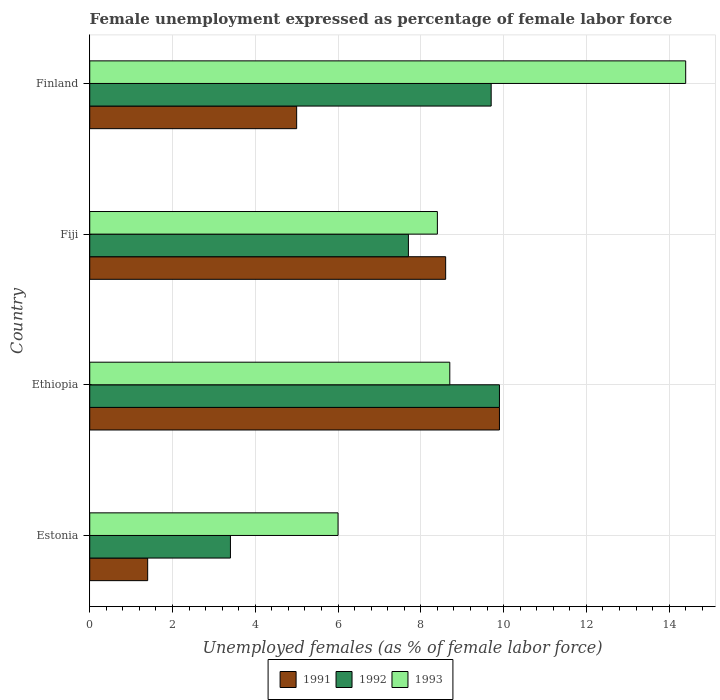
| Country | 1991 | 1992 | 1993 |
 | --- | --- | --- | --- |
 | Estonia | 1.4 | 3.4 | 6 |
 | Ethiopia | 9.9 | 9.9 | 8.7 |
 | Fiji | 8.6 | 7.7 | 8.4 |
 | Finland | 5 | 9.7 | 14.4 |